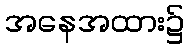
အနေအထား၌